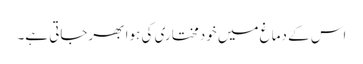
اس کے دماغ میں خودمختاری کی ہوا بھرجاتی ہے۔